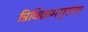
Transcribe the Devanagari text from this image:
त्रिविक्रमपुरला